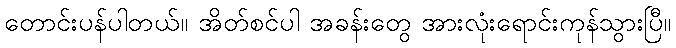
တောင်းပန်ပါတယ်။ အိတ်စင်ပါ အခန်းတွေ အားလုံးရောင်းကုန်သွားပြီ။